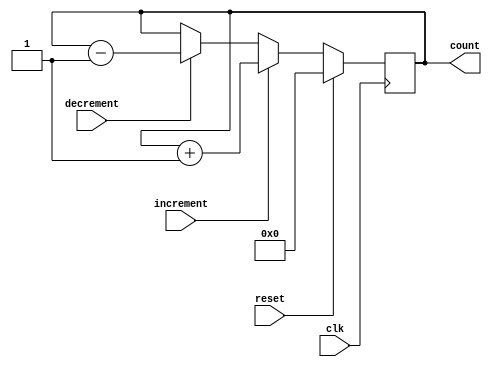
module counter (
    input wire clk,
    input wire reset,
    input wire increment,
    input wire decrement,
    output reg [7:0] count
);

always @(posedge clk) begin
    if (reset) begin
        count <= 8'd0;
    end else begin
        if (increment) begin
            count <= count + 1;
        end else if (decrement) begin
            count <= count - 1;
        end
    end
end
endmodule